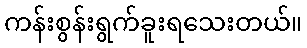
ကန်းစွန်းရွက်ခူးရသေးတယ်။